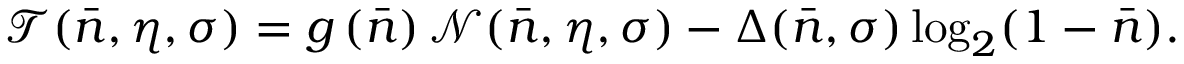
\mathcal { T } ( \bar { n } , \eta , \sigma ) = g \left( \bar { n } \right) \mathcal { N } ( \bar { n } , \eta , \sigma ) - \Delta ( \bar { n } , \sigma ) \log _ { 2 } ( 1 - \bar { n } ) .